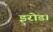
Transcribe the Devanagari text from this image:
इरोड।